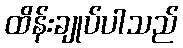
ထိန်းချုပ်ပါသည်